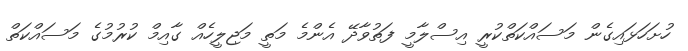
ހުށަހަޅައިގެން މަސައްކަތްކުރީ އިސްލާމީ ފަތުވާދޭ އެންމެ މަތީ މަޖިލީހެއް ގާއިމް ކުރުމުގެ މަސައްކަތް